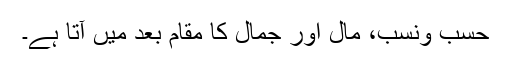
حسب ونسب، مال اور جمال کا مقام بعد میں آتا ہے۔